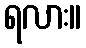
ရလား။